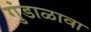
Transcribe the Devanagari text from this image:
गुंडाळावा